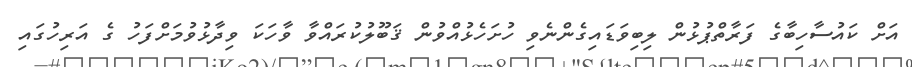
އަށް ކައުސާހިބާގެ ފަރާތްޕުޅުން ލިބިވަޑައިގެންނެވި ހުށަހެޅުއްވުން ޤަބޫލުކުރައްވާ ވާހަކަ ވިދާޅުވުމަށްފަހު ގެ އަރިހުގައި